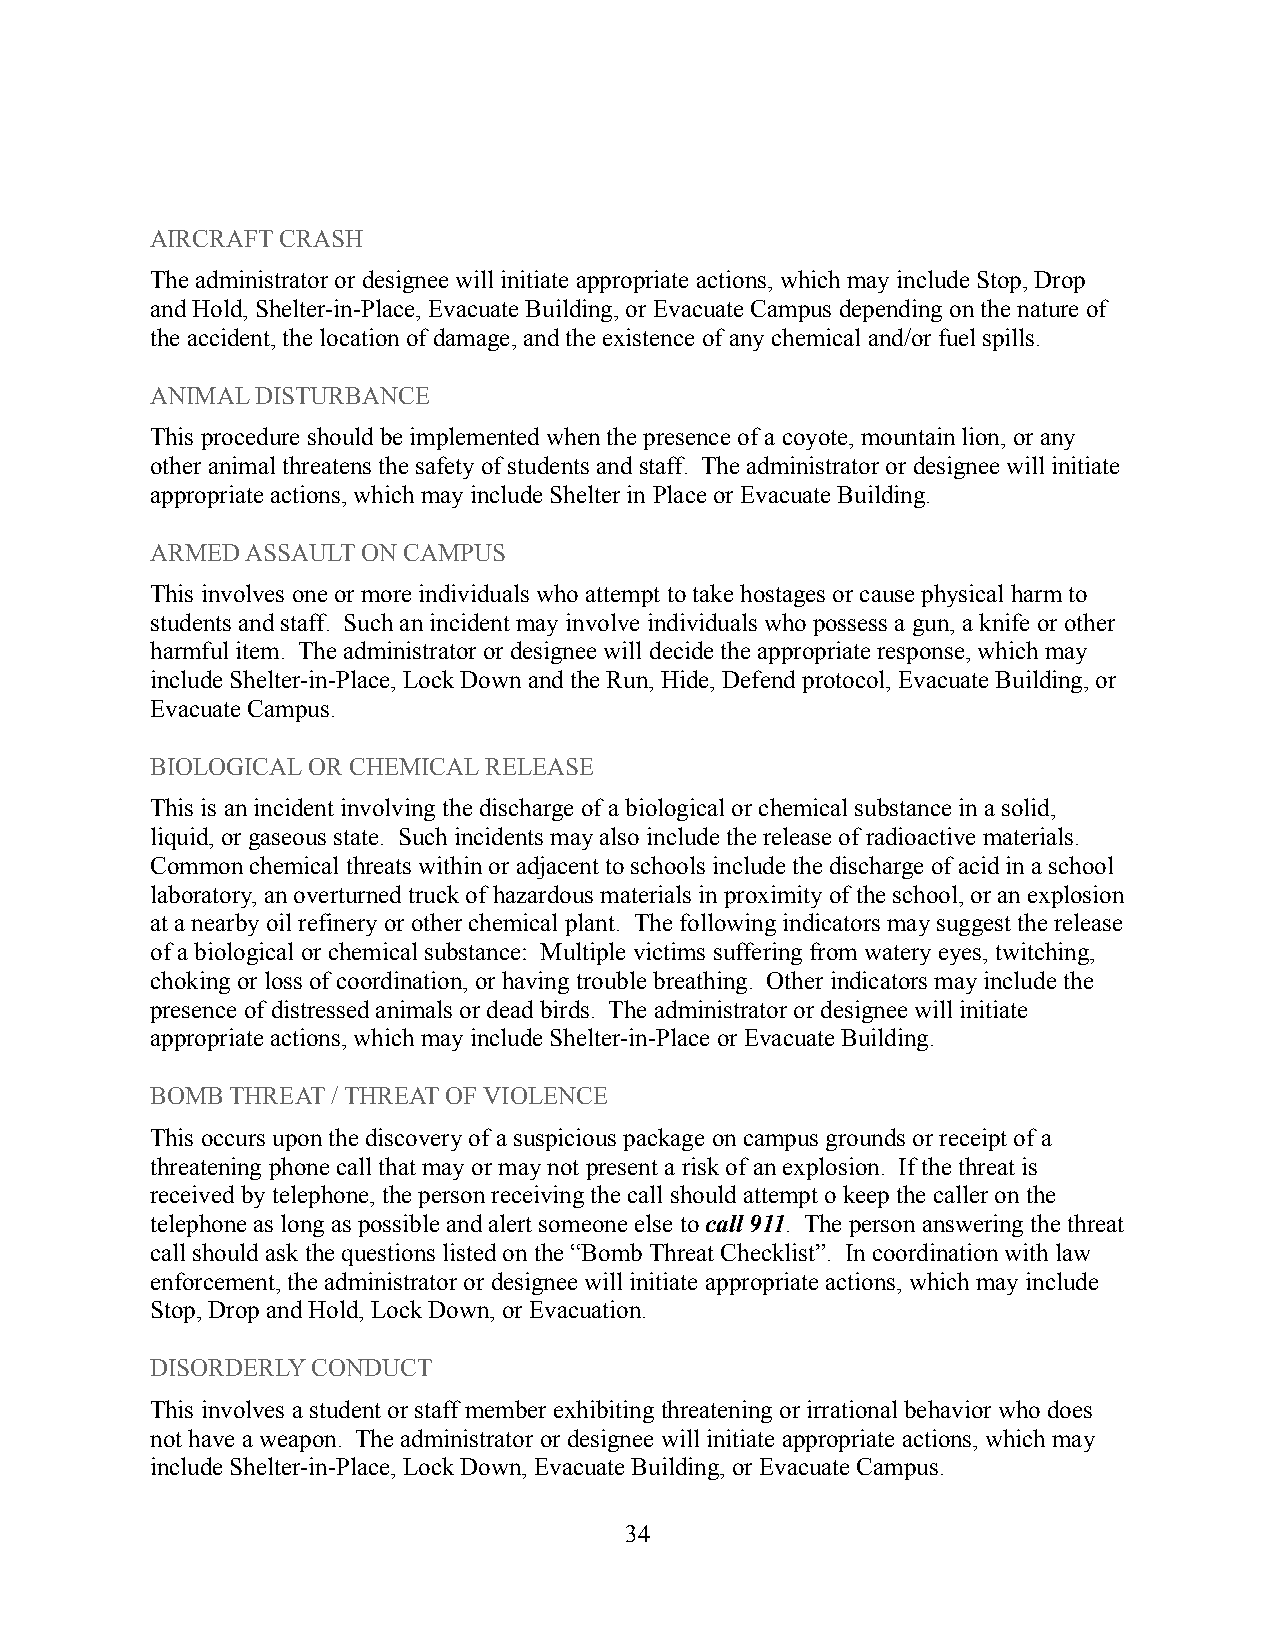
AIRCRAFT CRASH
 The administrator or designee will initiate appropriateactions, which may include Stop, Drop
 and Hold, Shelter-in-Place, Evacuate Building, orEvacuate Campus depending on the nature of
 the accident, the location of damage, and the existence of any chemical and/or fuel spills.
 ANIMAL DISTURBANCE
 This procedure should be implemented when the presenceof a coyote, mountain lion, or any
 other animal threatens the safety of students andstaff. The administrator or designee will initiate
 appropriate actions, which may include Shelter in Place or Evacuate Building.
 ARMED ASSAULT ON CAMPUS
 This involves one or more individuals who attempt to take hostages or cause physical harm to
 students and staff. Such an incident may involve individuals who possess a gun, a knife or other
 harmful item. The administrator or designee will decide the appropriate response, which may
 include Shelter-in-Place, Lock Down and the Run, Hide,Defend protocol, Evacuate Building, or
 Evacuate Campus.
 BIOLOGICAL OR CHEMICAL RELEASE
 This is an incident involving the discharge of a biologicalor chemical substance in a solid,
 liquid, or gaseous state. Such incidents may alsoinclude the release of radioactive materials.
 Common chemical threats within or adjacent to schoolsinclude the discharge of acid in a school
 laboratory, an overturned truck of hazardous materialsin proximity of the school, or an explosion
 at a nearby oil refinery or other chemical plant. The following indicators may suggest the release
 of a biological or chemical substance: Multiple victimssuffering from watery eyes, twitching,
 choking or loss of coordination, or having troublebreathing. Other indicators may include the
 presence of distressed animals or dead birds. The administrator or designee will initiate
 appropriate actions, which may include Shelter-in-Place or Evacuate Building.
 BOMB THREAT / THREAT OF VIOLENCE
 This occurs upon the discovery of a suspicious package on campus grounds or receipt of a
 threatening phone call that may or may not presenta risk of an explosion. If the threat is
 received by telephone, the person receiving the call should attempt o keep the caller on the
 telephone as long as possible and alert someone else tocall 911. The person answering the threat
 call should ask the questions listed on the “Bomb Threat Checklist”. In coordination with law
 enforcement, the administrator or designee will initiateappropriate actions, which may include
 Stop, Drop and Hold, Lock Down, or Evacuation.
 DISORDERLY CONDUCT
 This involves a student or staff member exhibitingthreatening or irrational behavior who does
 not have a weapon. The administrator or designee will initiate appropriate actions, which may
 include Shelter-in-Place, Lock Down, Evacuate Building, or Evacuate Campus.
 34